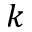
k